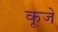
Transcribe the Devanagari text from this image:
कूजे